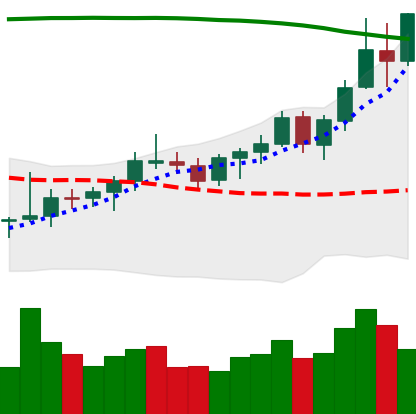
Ticker: BNB-USD
Chart end date: 2021-08-13
Forward return: -3.089%
Label: down_3_5